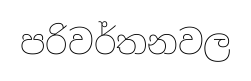
පරිවර්තනවල